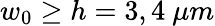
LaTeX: w_{0}\geq h=3,4~\mu m